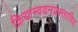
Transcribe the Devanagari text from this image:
क्रियान्वयनप्रस्तावित